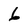
Character: 6